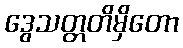
ဒွေသတ္တတိမှိတော